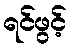
ရင်ဖွင့်